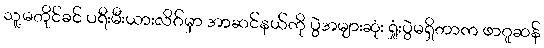
သူ့မတိုင်ခင် ပရီးမီးယားလိဂ်မှာ အာဆင်နယ်ကို ပွဲအများဆုံး ရှုံးပွဲမရှိတာက ဖာဂူဆန်